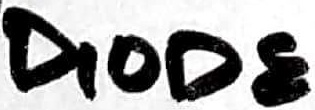
Text: DIODE